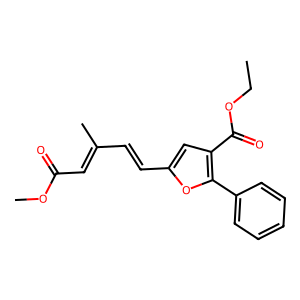
SMILES: CCOC(=O)c1cc(C=CC(C)=CC(=O)OC)oc1-c1ccccc1
Inhibits HIV replication: No